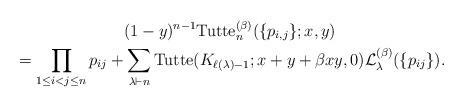
LaTeX: \begin{gather*} (1-y)^{n-1}{\rm Tutte}_{n}^{(\beta)}(\{p_{i,j}\};x,y) \\ {} = \prod_{1\le i < j \le n} p_{ij} + \sum_{\lambda \vdash n} {\rm Tutte} (K_{\ell(\lambda)-1}; x+y+\beta x y,0) {\cal{L}}_{\lambda}^{(\beta)}(\{p_{ij}\}) .\end{gather*}